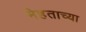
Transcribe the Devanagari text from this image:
मेहताच्या